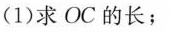
(1)求OC的长；